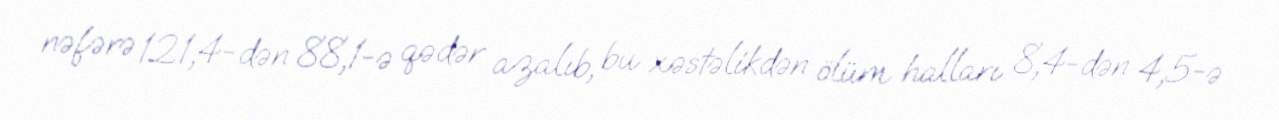
nəfərə 121,4-dən 88,1-ə qədər azalıb, bu xəstəlikdən ölüm halları 8,4-dən 4,5-ə